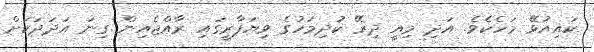
ކައިއުޅޭ މަހެކެވެ. އަދި މިއީ ދިރޭ ކުދިމަހުގެ ވިޔަފާރީގައި ރާއްޖެއިން ގިނަ އަދަދަކަށް